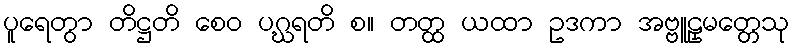
ပူရေတွာ တိဋ္ဌတိ စေဝ ပဂ္ဃရတိ စ။ တတ္ထ ယထာ ဥဒကာ အဗ္ဗူဠှမတ္တေသု